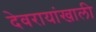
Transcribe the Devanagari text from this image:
देवरायांखाली